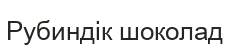
Рубиндік шоколад